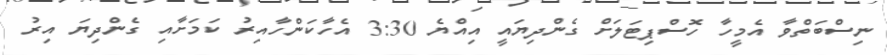
ނިސްބަތްވާ އެމީހާ ހޮސްޕިޓަލަށް ގެންދިޔައީ އިއްޔެ 3:30 އެހާކަންހާއިރު ކަމަށާއި ގެންދިޔަ އިރު